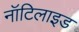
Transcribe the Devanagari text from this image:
नॉटिलाइड